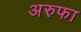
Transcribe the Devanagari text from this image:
अरुफा